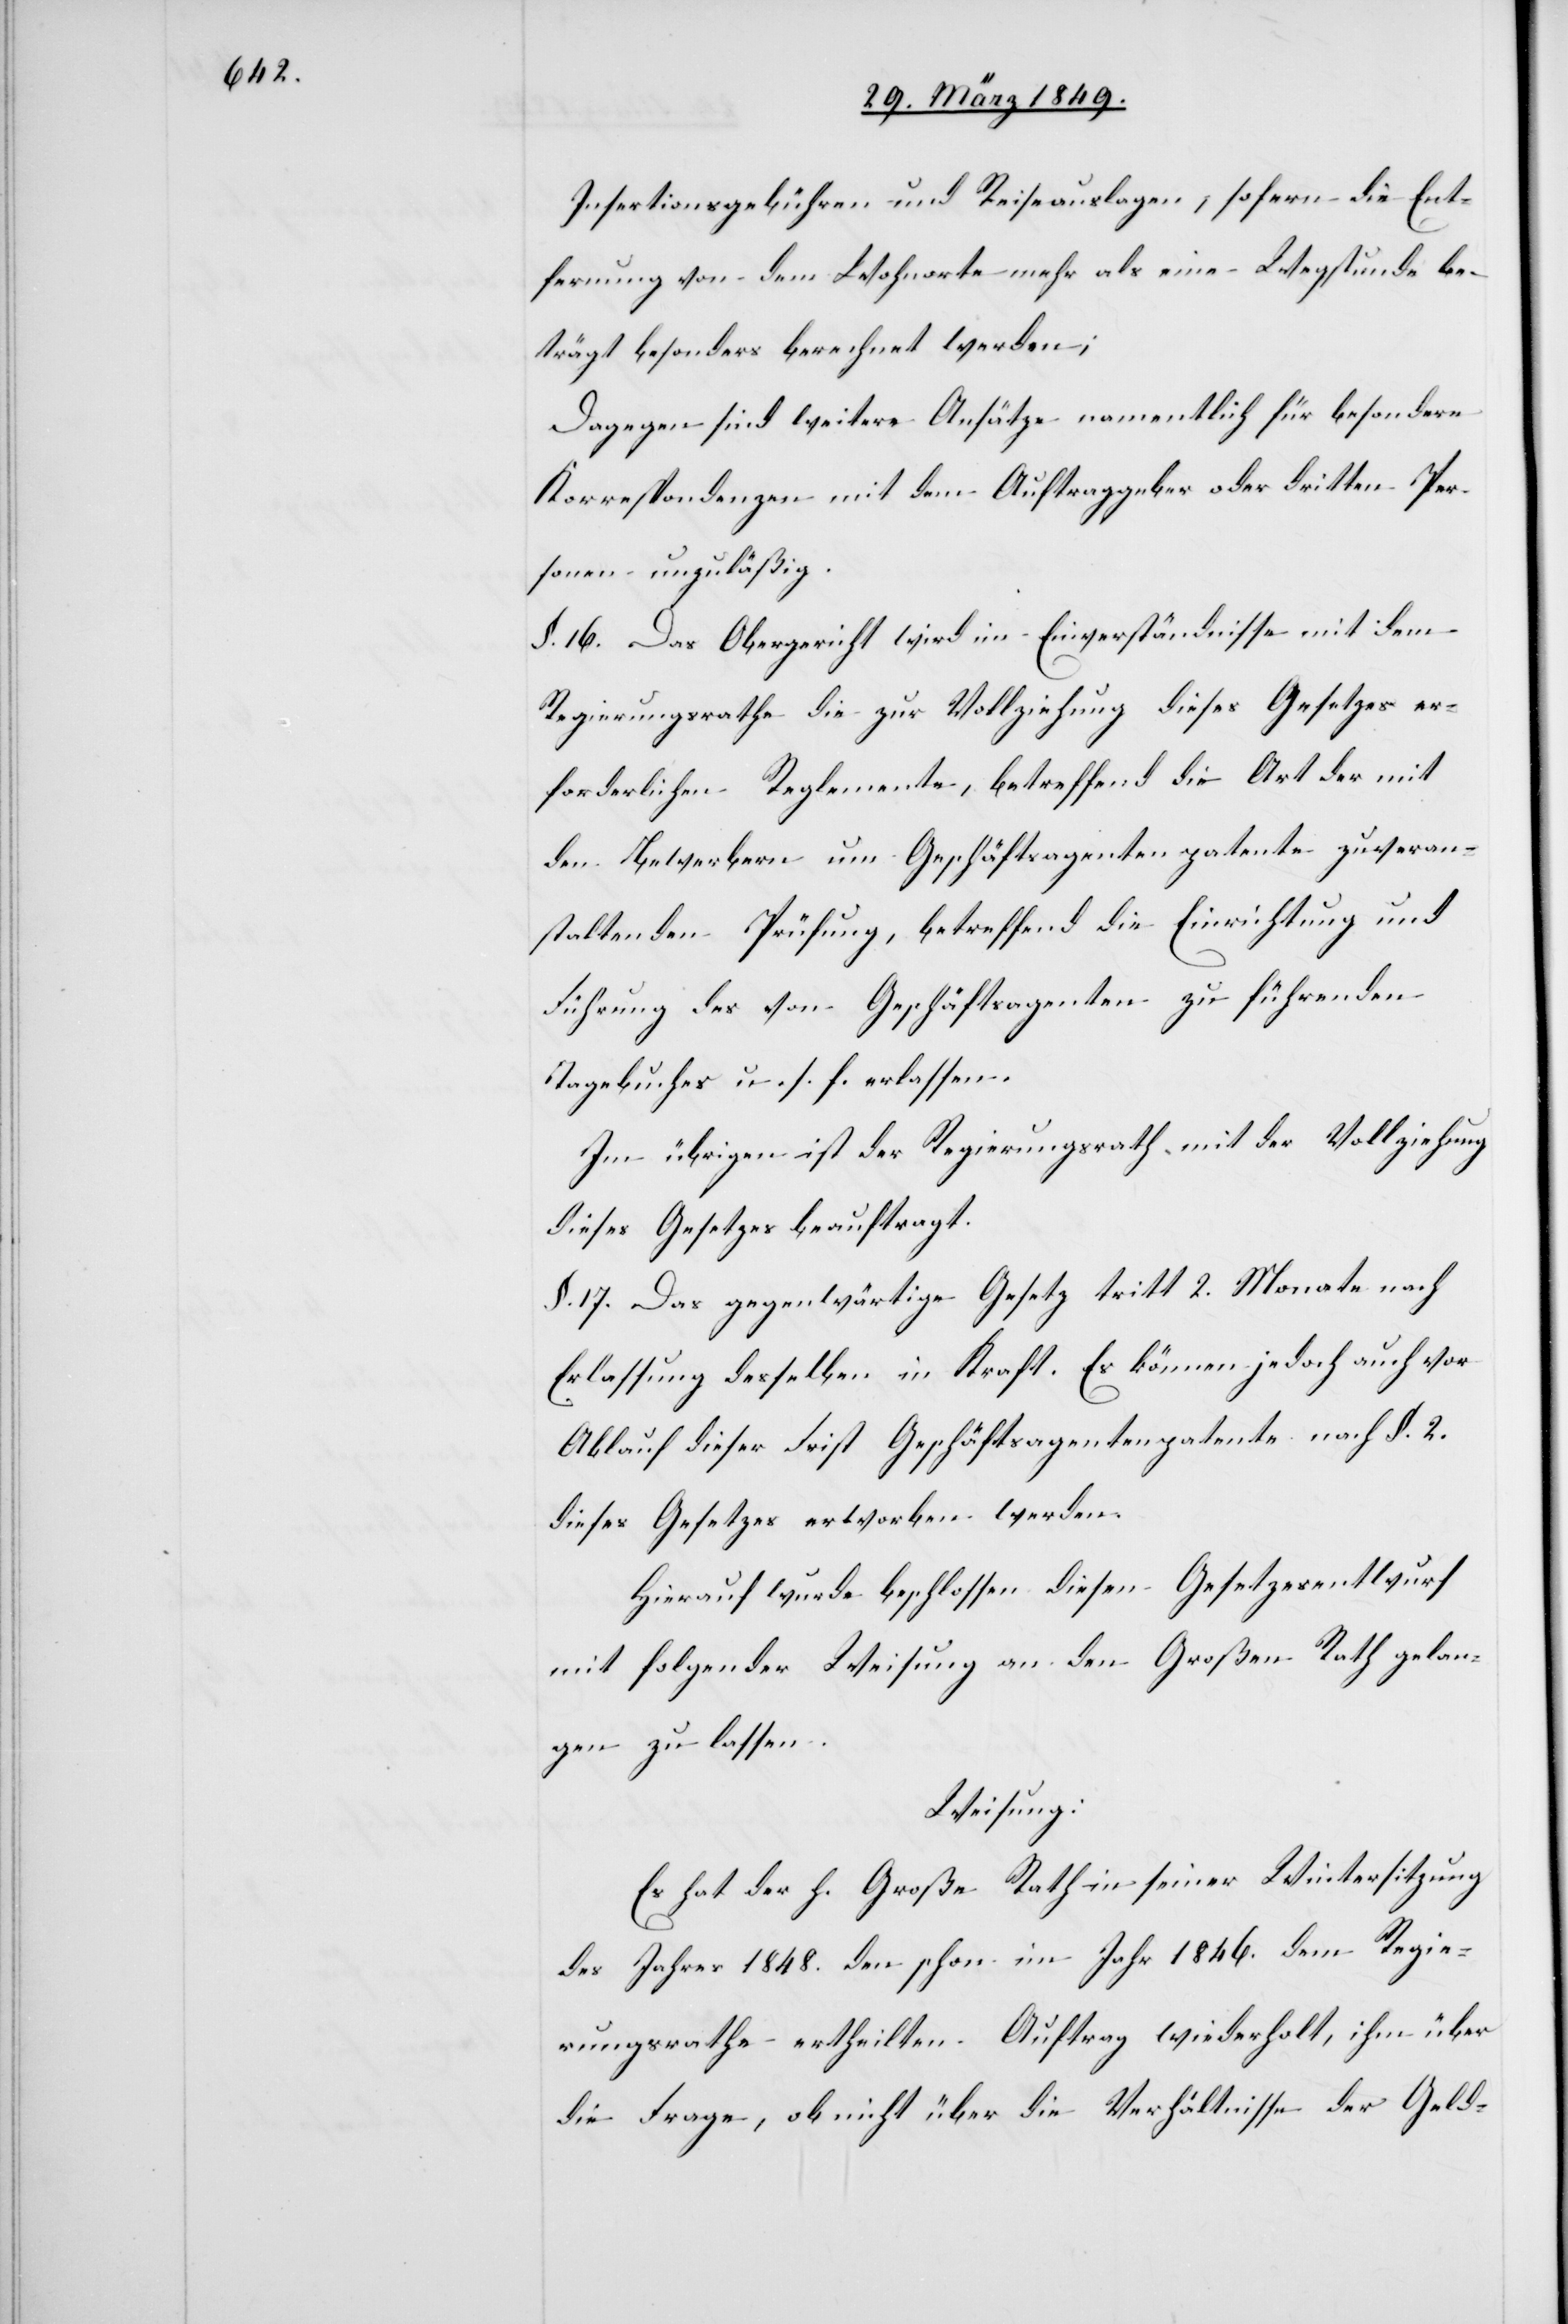
Insertionsgebühren und Reiseauslagen, sofern die Ent¬
fernung von dem Wohnorte mehr als eine Wegstunde be¬
trägt besonders berechnet werden;
Dagegen sind weitere Ansätze namentlich für besondere
Korrespondenzen mit dem Auftraggeber oder dritten Per¬
sonen unzuläßig.
§. 16. Das Obergericht wird im Einverständnisse mit dem
Regierungsrathe die zur Vollziehung dieses Gesetzes er¬
forderlichen Reglemente, betreffend die Art der mit
den Bewerbern um Geschäftsagentenpatente zu veran¬
staltenden Prüfung, betreffend die Einrichtung und
Führung des von Geschäftsagenten zu führenden
Tagebuches u. s. f. erlassen.
Im übrigen ist der Regierungsrath mit der Vollziehung
dieses Gesetzes beauftragt.
§. 17. Das gegenwärtige Gesetz tritt 2. Monate nach
Erlassung desselben in Kraft. Es können jedoch auch vor
Ablauf dieser Frist Geschäftsagentenpatente nach §. 2.
dieses Gesetzes erworben werden.
Hierauf wurde beschlossen diesen Gesetzesentwurf
mit folgender Weisung an den Großen Rath gelan¬
gen zu lassen.
Weisung:
Es hat der h. Große Rath in seiner Wintersitzung
des Jahres 1848. den schon im Jahr 1846. dem Regie¬
rungsrathe ertheilten Auftrag wiederholt, ihm über
die Frage, ob nicht über die Verhältnisse der Geld-